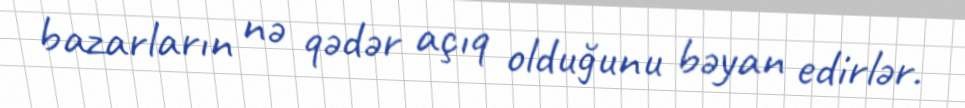
bazarların nə qədər açıq olduğunu bəyan edirlər.